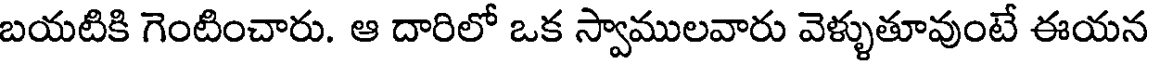
బయటికి గెంటించారు. ఆ దారిలో ఒక స్వాములవారు వెళ్ళుతూవుంటే ఈయన